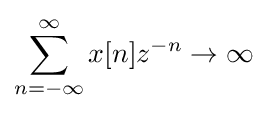
\sum _{n=-\infty }^{\infty }x[n]z^{-n}\to \infty